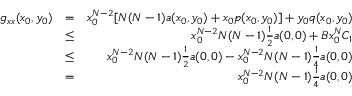
\begin{array} { r l r } { g _ { x x } ( x _ { 0 } , y _ { 0 } ) } & { = } & { x _ { 0 } ^ { N - 2 } [ N ( N - 1 ) a ( x _ { 0 } , y _ { 0 } ) + x _ { 0 } p ( x _ { 0 } , y _ { 0 } ) ] + y _ { 0 } q ( x _ { 0 } , y _ { 0 } ) } \\ & { \leq } & { x _ { 0 } ^ { N - 2 } N ( N - 1 ) \frac { 1 } { 2 } a ( 0 , 0 ) + B x _ { 0 } ^ { N } C _ { 1 } } \\ & { \leq } & { x _ { 0 } ^ { N - 2 } N ( N - 1 ) \frac { 1 } { 2 } a ( 0 , 0 ) - x _ { 0 } ^ { N - 2 } N ( N - 1 ) \frac { 1 } { 4 } a ( 0 , 0 ) } \\ & { = } & { x _ { 0 } ^ { N - 2 } N ( N - 1 ) \frac { 1 } { 4 } a ( 0 , 0 ) } \end{array}